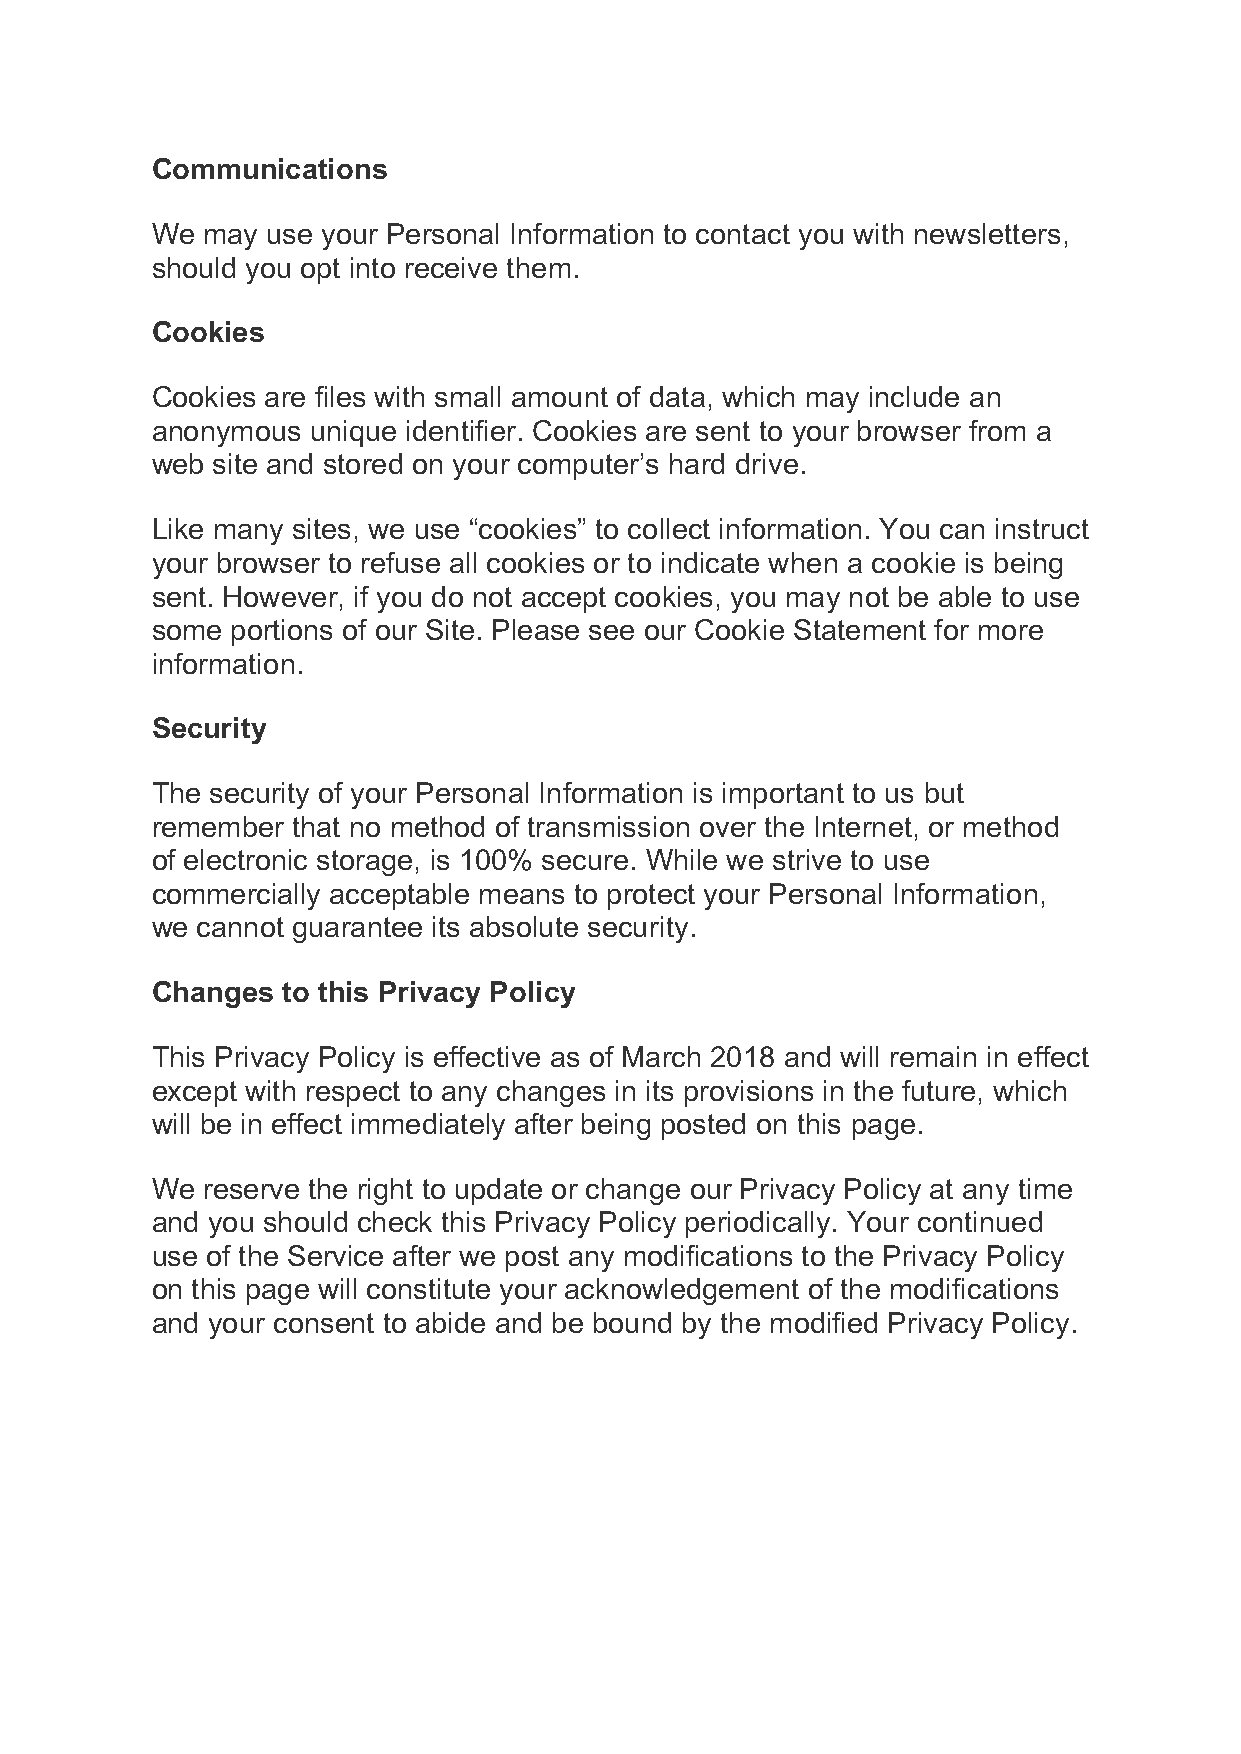
Communications
 We may  use your Personal Information to contact you with newsletters,
 should you opt into receive them.
 Cookies
 Cookies are files with small amount of data, which may include an
 anonymous  unique identifier. Cookies are sent to your browser from a
 web site and stored on your computer’s hard drive.
 Like many sites, we use “cookies” to collect information. You can instruct
 your browser to refuse all cookies or to indicate when a cookie is being
 sent. However, if you do not accept cookies, you may not be able to use
 some portions of our Site. Please see our Cookie Statement for more
 information.
 Security
 The security of your Personal Information is important to us but
 remember that no method of transmission over the Internet, or method
 of electronic storage, is 100% secure. While we strive to use
 commercially acceptable means to protect your Personal Information,
 we cannot guarantee its absolute security.
 Changes  to this Privacy Policy
 This Privacy Policy is effective as of March 2018 and will remain in effect
 except with respect to any changes in its provisions in the future, which
 will be in effect immediately after being posted on this page.
 We reserve the right to update or change our Privacy Policy at any time
 and you should check this Privacy Policy periodically. Your continued
 use of the Service after we post any modifications to the Privacy Policy
 on this page will constitute your acknowledgement of the modifications
 and your consent to abide and be bound by the modified Privacy Policy.